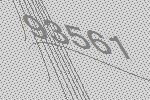
93561